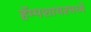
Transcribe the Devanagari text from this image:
हॅम्पशायरमध्ये